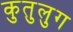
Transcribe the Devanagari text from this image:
कुतुलुग